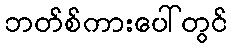
ဘတ်စ်ကားပေါ်တွင်